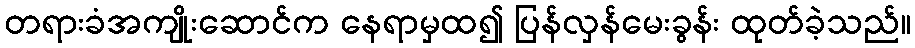
တရားခံအကျိုးဆောင်က နေရာမှထ၍ ပြန်လှန်မေးခွန်း ထုတ်ခဲ့သည်။